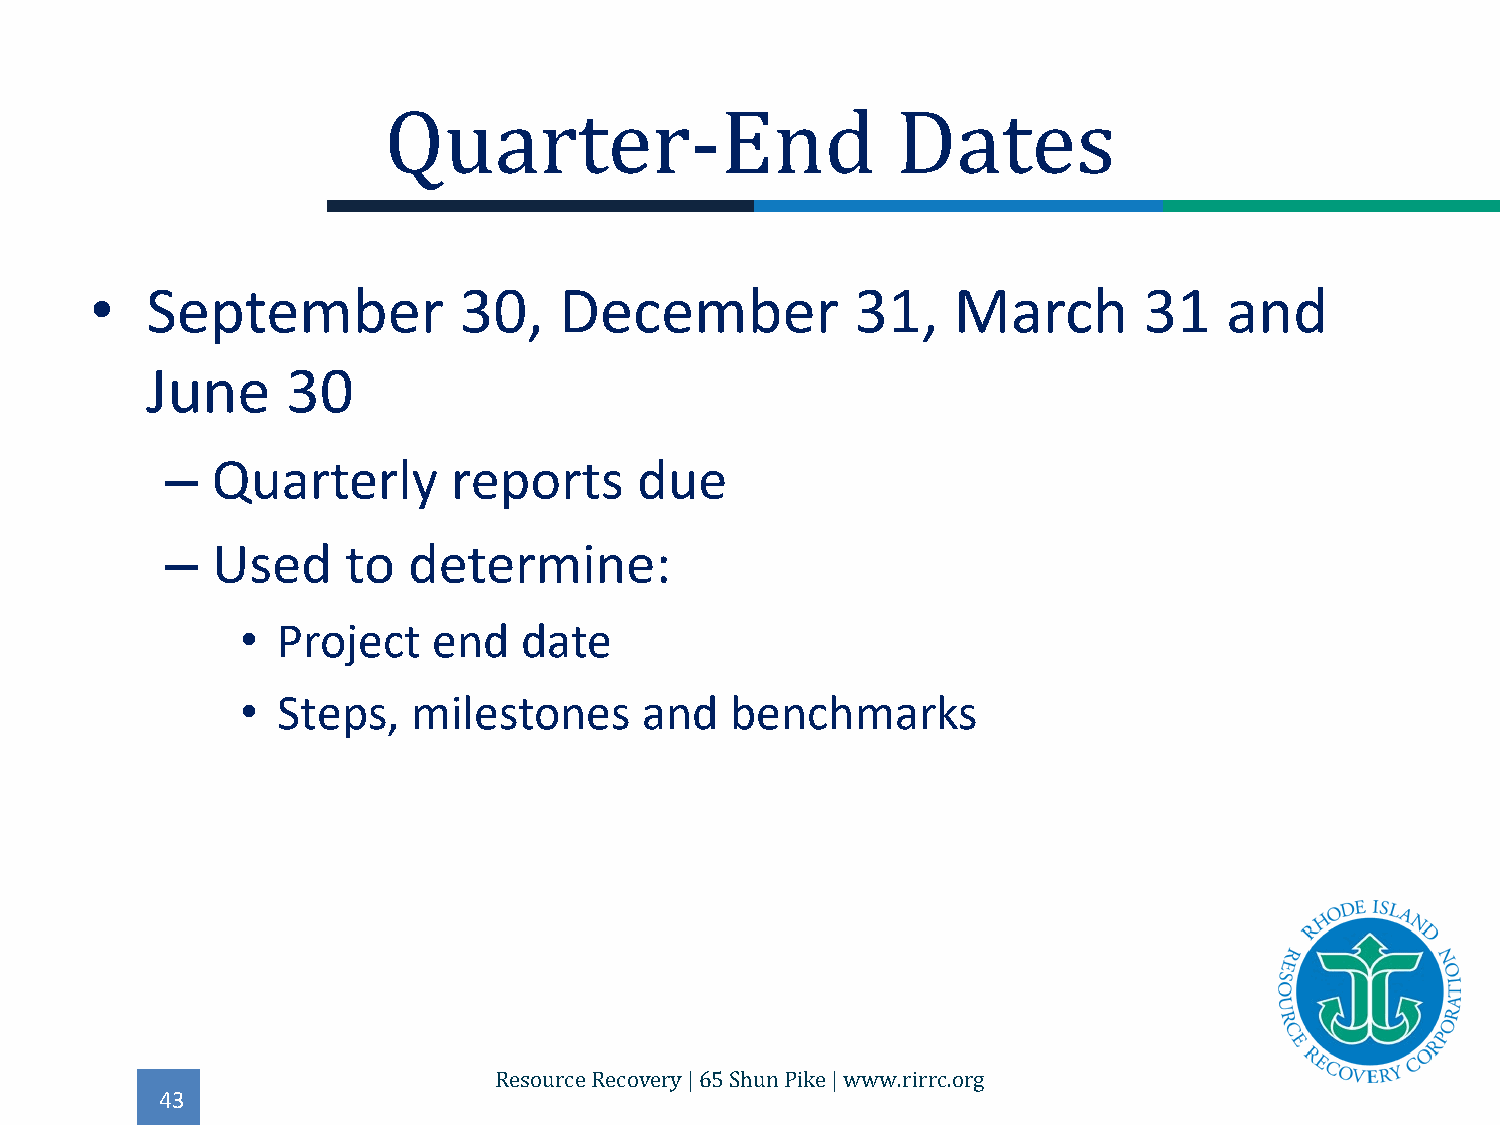
•   September           30,    December            31,   March        31   and
 Quarter-End                       Dates
 June     30
 –  Quarterly       reports     due
 –  Used     to  determine:
 • Project    end  date
 • Steps,   milestones      and  benchmarks
 43
 Resource Recovery | 65 Shun Pike | www.rirrc.org